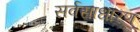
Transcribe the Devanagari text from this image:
सर्वसाधारण्